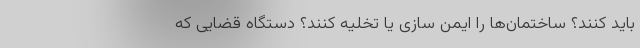
باید کنند؟ ساختمان‌ها را ایمن سازی یا تخلیه کنند؟ دستگاه قضایی که